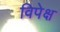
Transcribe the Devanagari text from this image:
विपेक्ष